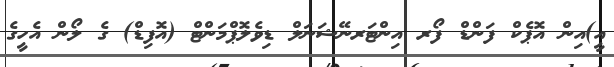
އީ)އިން އޮޕެކް ފަންޑް ފޯރ އިންޓަރނޭޝަނަލް ޑިވެލޮޕްމަންޓް (އޮފިޑް) ގެ ލޯން އެހީގެ